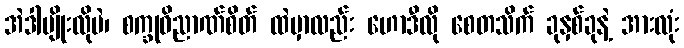
အဲဒါမျိုးလိုပဲ၊ စက္ခုဝိညာဏ်စိတ် ထဲမှာလည်း ဟောဒီလို စေတသိက် ခုနှစ်ခုနဲ့ အားလုံး